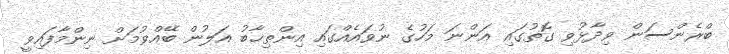
ބްރެންސަން ވިދާޅުވި ގޮތުގައި އަންނަ މަހުގެ ނުވައެއްގައި އިންތިޚާބު އަލުން ބޭއްވުމަށް ނިންމާފައިވީ